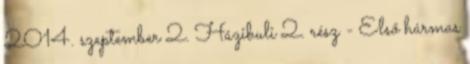
2014. szeptember 2. Házibuli 2. rész - Első hármas